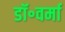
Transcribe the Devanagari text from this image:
डॉ॰वर्मा